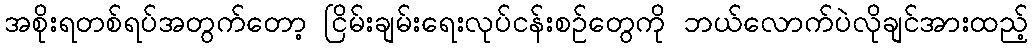
အစိုးရတစ်ရပ်အတွက်တော့ ငြိမ်းချမ်းရေးလုပ်ငန်းစဉ်တွေကို ဘယ်လောက်ပဲလိုချင်အားထည့်